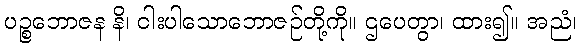
ပဉ္စဘောဇန နိ၊ ငါးပါသောဘောဇဉ်တို့ကို။ ဌပေတွာ၊ ထား၍။ အညံ၊